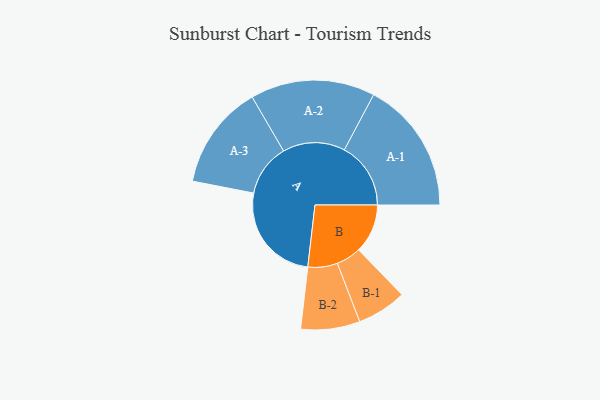
{"axis": {"x": "Segment", "y": "Value"}, "legend": ["", "A", "B"], "data": [{"x": "A", "y": 420, "type": ""}, {"x": "B", "y": 204, "type": ""}, {"x": "A-1", "y": 276, "type": "A"}, {"x": "A-2", "y": 259, "type": "A"}, {"x": "A-3", "y": 217, "type": "A"}, {"x": "B-1", "y": 103, "type": "B"}, {"x": "B-2", "y": 123, "type": "B"}]}